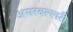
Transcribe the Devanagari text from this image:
अमरबल्लरी